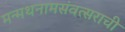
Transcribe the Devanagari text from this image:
मन्मथनामसंवत्सराची